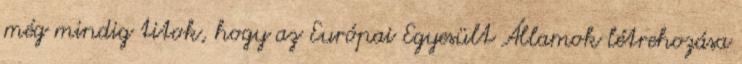
még mindig titok, hogy az Európai Egyesült Államok létrehozása